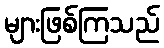
များဖြစ်ကြသည်